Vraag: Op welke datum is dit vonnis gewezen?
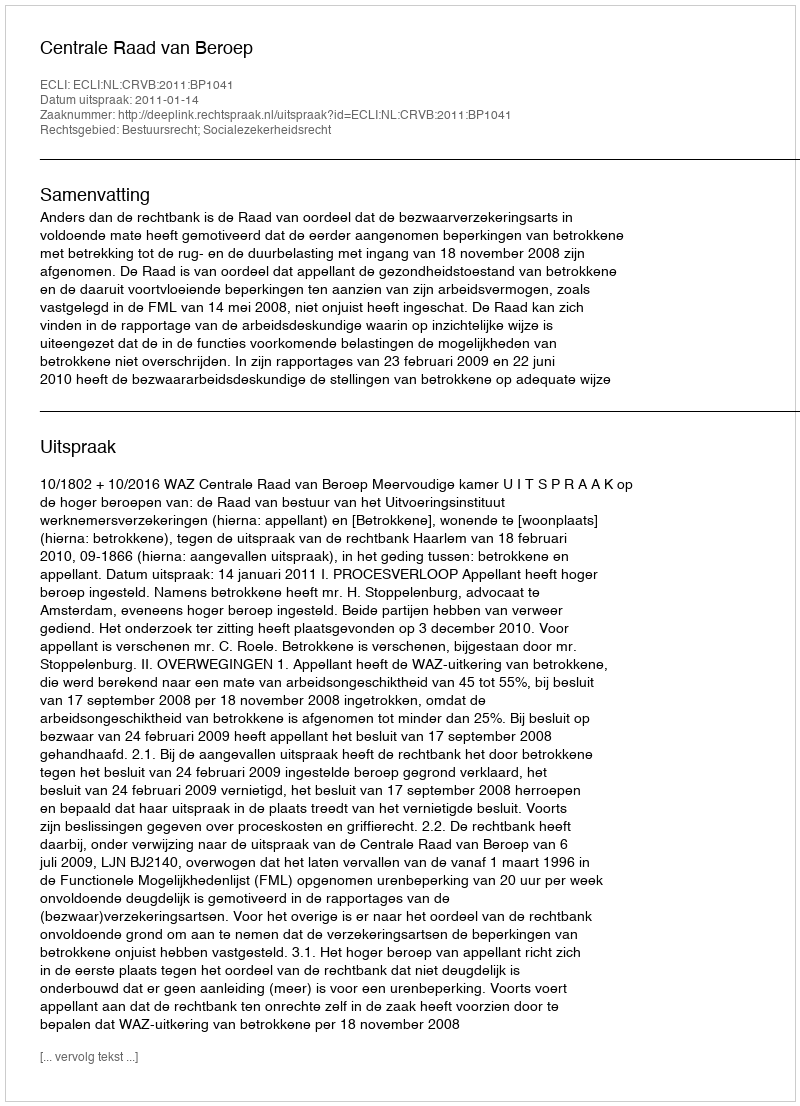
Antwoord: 2011-01-14